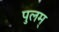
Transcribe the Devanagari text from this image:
पुलम्